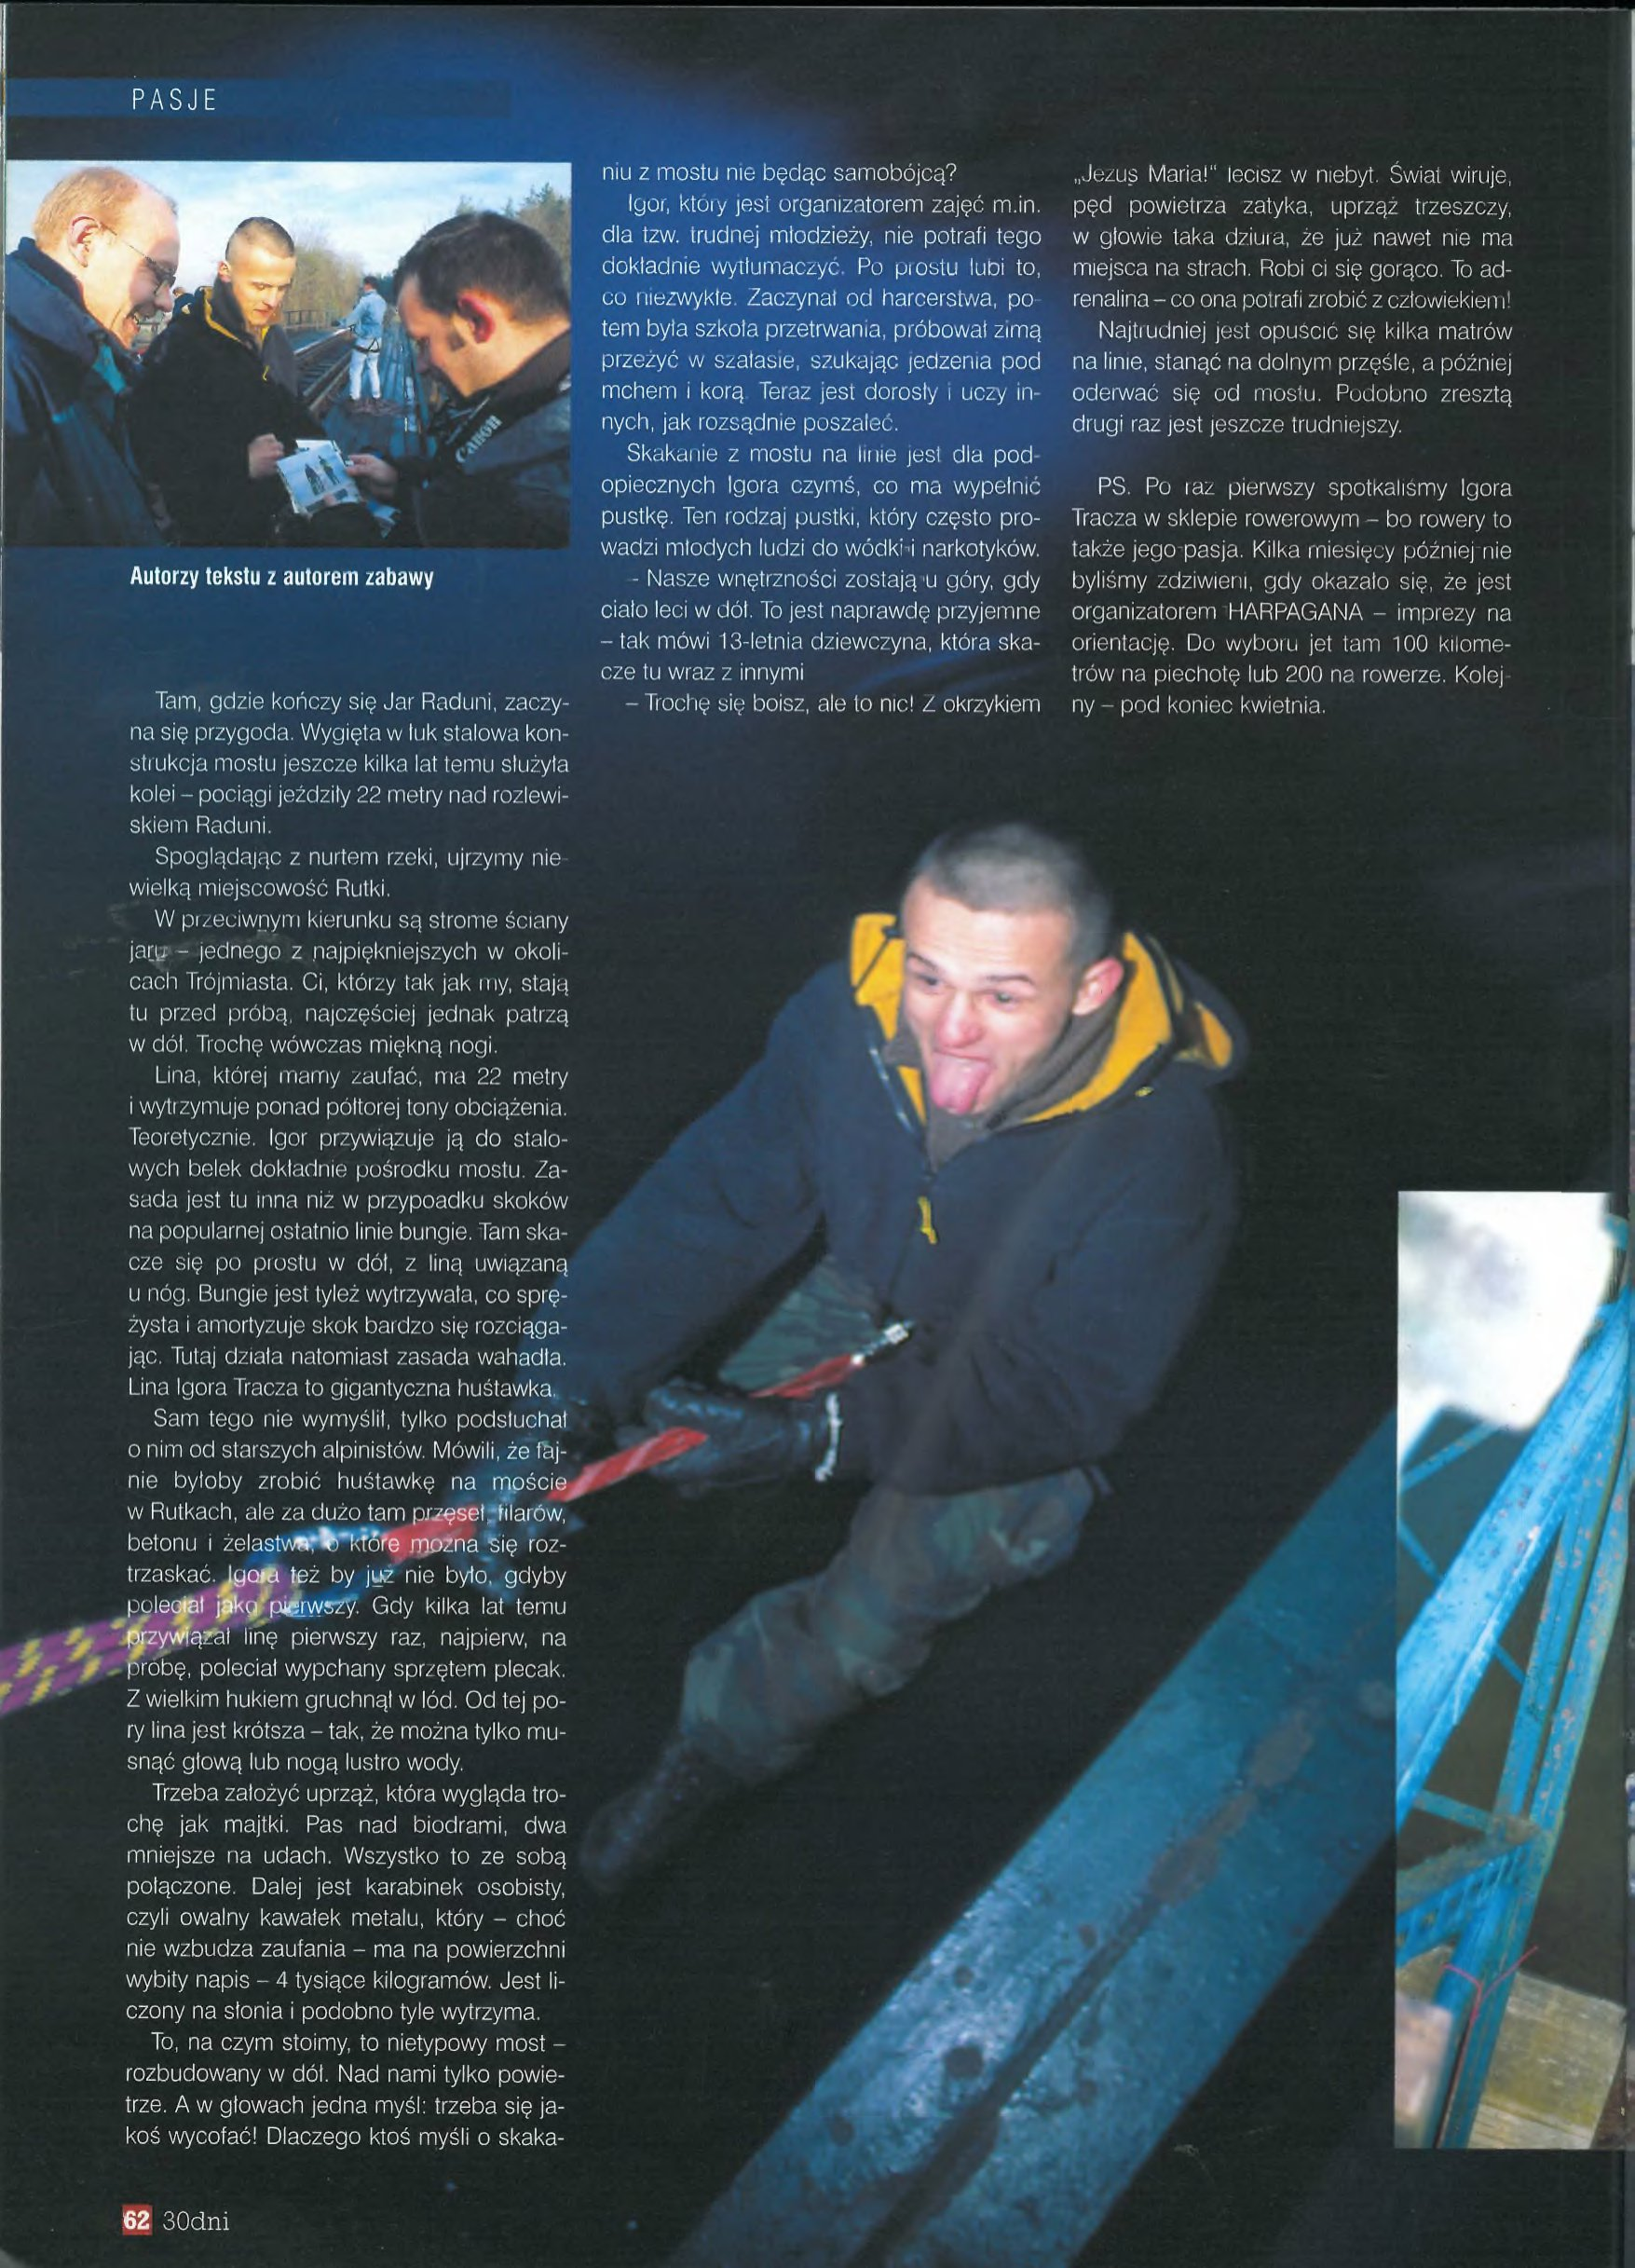
Language: pl